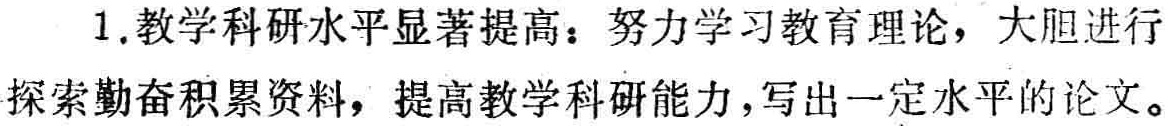
1. 教学科研水平显著提高：努力学习教育理论，大胆进行探索勤奋积累资料，提高教学科研能力，写出一定水平的论文。